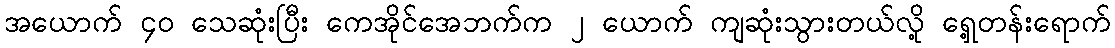
အယောက် ၄၀ သေဆုံးပြီး ကေအိုင်အေဘက်က ၂ ယောက် ကျဆုံးသွားတယ်လို့ ရှေ့တန်းရောက်